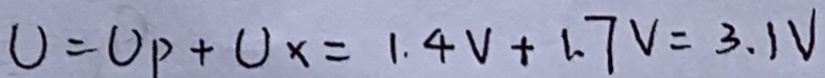
U = U p + U x = 1 . 4 V 1 . 7 V = 3 . 1 V